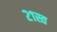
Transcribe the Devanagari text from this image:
२१स्त